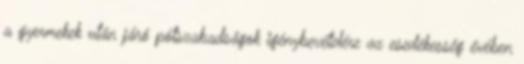
a gyermekek után járó pótszabadságok igénybevételére az esedékesség évében